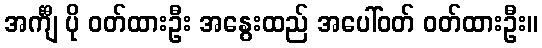
အင်္ကျီ ပို ဝတ်ထားဦး အနွေးထည် အပေါ်ဝတ် ဝတ်ထားဦး။